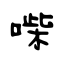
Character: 喍